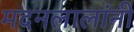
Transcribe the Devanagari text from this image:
मदनलालांनी